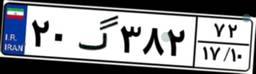
۲۰گ۳۸۲۷۲